Papers set at the Examination for Leaving Certificates, 1895
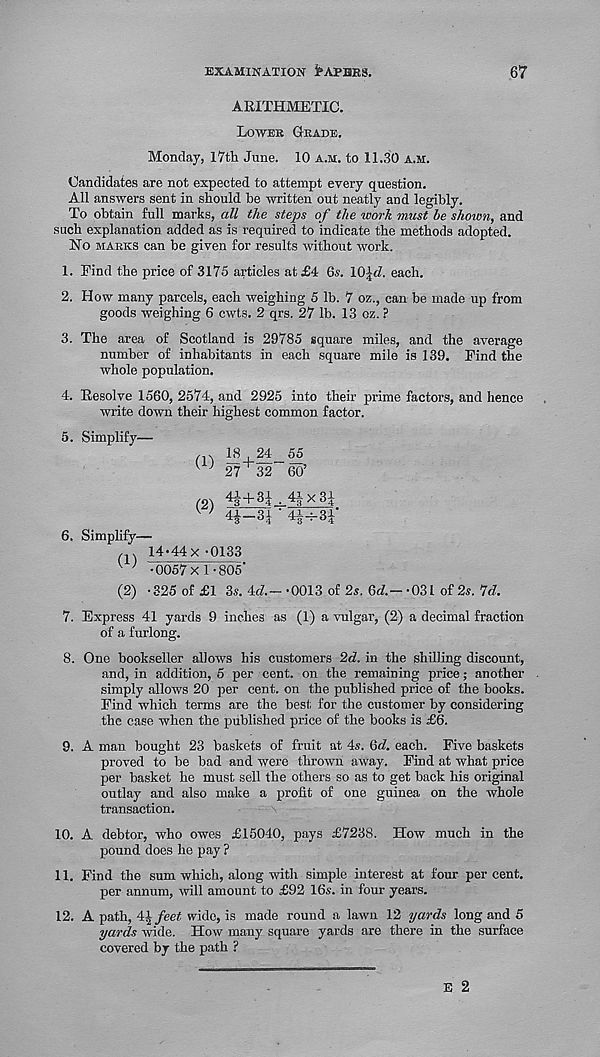
EXAMINATION fcAPBRS.
67
ARITHMETIC.
Lower Grade.
Monday, 17th June. 10 a.m. to 11.30 a.m.
Candidates are not expected to attempt every question.
All answers sent in should be written out neatly and legibly.
To obtain full marks, all the steps of the work must he shoivn, and
such explanation added as is required to indicate the methods adopted.
No marks can be given for results without work.
1. Find the price of 3175 articles at £4 6?. IQicZ. each.
2. How many parcels, each weighing 5 lb. 7 oz., can be made up from
goods weighing 6 cwts. 2 qrs. 27 lb. 13 oz. ?
3. The area of Scotland is 29785 square miles, and the average
number of inhabitants in each square mile is 139. Find the
whole population.
4. Resolve 1560, 2574, and 2925 into their prime factors, and hence
write down their highest common factor.
5. Simplify—
(1)
18 , 24_ 55
27 02 eC?
121 4 i+3j^4ix3i
V ' 4-1-31 ‘ 4§-t-3|"
6. Simplify—
14-44X-0133
^ ^ -0057x 1-805'
(2) -325 of £1 3s. 4«7.— -0013 of 2s. Qd.—03L of 2s. 7d.
7. Express 41 yards 9 inches as (1) a vulgar, (2) a decimal fraction
of a furlong.
8. One bookseller allows his customers 2d. in the shilling discount,
and, in addition, 5 per cent, on the remaining price; another
simply allows 20 per cent, on the published price of the hooks.
Find which terms are the best for the customer by considering
the case when the published price of the books is £6.
9. A man bought 23 baskets of fruit at 4s. Qd. each. Five baskets
proved to be bad and were thrown away. Find at what price
per basket he must sell the others so as to get back his original
outlay and also make a profit of one guinea on the whole
transaction.
10. A debtor, who owes £15040, pays £7238. How much in the
pound does he pay ?
11. Find the sum which, along witli simple interest at four per cent.
per annum, will amount to £92 16s. in four years.
12. A path, 4^/eet wide, is made round a lawn 12 yards long and o
yards wide. How many square yards are there in the surface
covered by the path ?